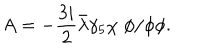
LaTeX: A = - \frac { 3 i } { 2 } { \bar { \lambda } } \gamma _ { 5 } \chi \; \phi / \phi \phi .